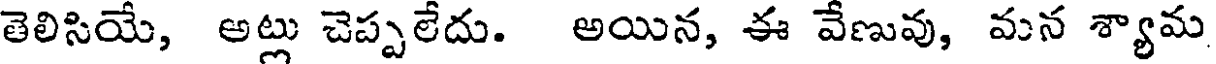
తెలిసియే, అట్లు చెప్పలేదు. అయిన, ఈ వేణువు, మన శ్యామ